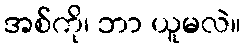
အစ်ကို၊ ဘာ ယူမလဲ။